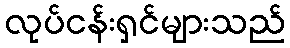
လုပ်ငန်းရှင်များသည်